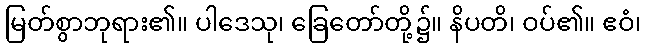
မြတ်စွာဘုရား၏။ ပါဒေသု၊ ခြေတော်တို့၌။ နိပတိ၊ ဝပ်၏။ ဧဝံ၊